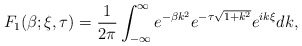
\begin{align*}F_{1}(\beta; \xi, \tau) = \frac{1}{2\pi} \int_{-\infty}^{\infty} e^{-\beta k^{2}} e^{-\tau \sqrt{1+k^{2}}} e^{i k \xi} dk,\end{align*}